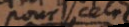
pour cela